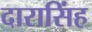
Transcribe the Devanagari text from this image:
दारासिंह